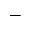
^ -